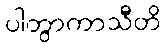
ပါတွာကာသီတိ